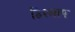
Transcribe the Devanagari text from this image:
हिस्लाप